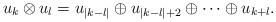
LaTeX: \begin{align*}u_k \otimes u_l = u_{|k-l|} \oplus u_{|k-l|+2} \oplus \cdots \oplus u_{k+l}.\end{align*}